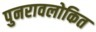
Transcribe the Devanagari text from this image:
पुनरावलोकित